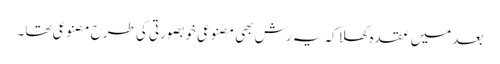
بعد میں عقدہ کھلا کہ یہ رش بھی مصنوعی خوبصورتی کی طرح مصنوعی تھا۔